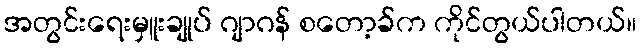
အတွင်းရေးမှူးချုပ် ဂျာဂန် စတော့ခ်က ကိုင်တွယ်ပါတယ်။